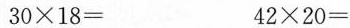
$$ 3 0 \times 1 8 = $$ $$ 4 2 \times 2 0 = $$